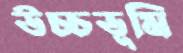
উচ্চভূমি